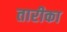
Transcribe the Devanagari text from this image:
तारीका